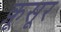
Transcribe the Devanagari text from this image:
क़ूसूर